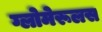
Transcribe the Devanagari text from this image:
ग्लोमेरूलस